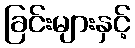
ခြင်းများနှင့်